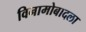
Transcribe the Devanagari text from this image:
विनामोबादला